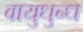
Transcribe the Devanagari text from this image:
वायुधुन्ध